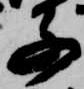
子